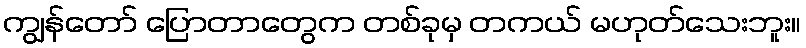
ကျွန်တော် ပြောတာတွေက တစ်ခုမှ တကယ် မဟုတ်သေးဘူး။